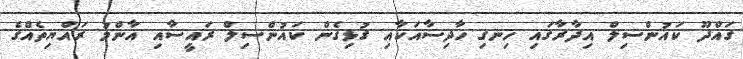
ގައްދޫ ކައުންސިލް އިދާރާގައި ހިނގި ހާދިސާއަކާއި ގުޅިގެން ކައުންސިލް ރައީސާއި އާންމު ރައްޔިތެއްގެ